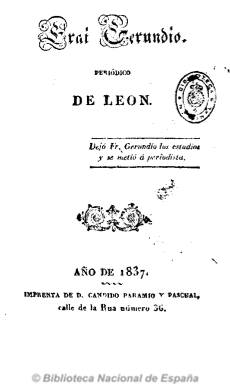
Título: Fr. Gerundio
Otros títulos: Título: Fray Gerundio, 3 jul. 1840-2 en. 1842 || Frai Gerundio || F. Gerundio
Colección: Periódicos anteriores a 1850 || Revistas satíricas y humorísticas
Ámbito geográfico: León
Lugar de publicación: León
Fechas: 01/04/1837-05/02/1844

Periódico también conocido como Frai Gerundio y Fray Gerundio, que es también el seudónimo que adoptará su único redactor, el historiador Modesto Lafuente (1806-1866), y que dará lugar en la historia de la prensa española a títulos de otros periódicos posteriores con el apócope “Fray”. Considerado como epígono a los de Mariano José de Larra, Lafuente comienza a sacar su periódico al poco tiempo de haber abandonado su carrera eclesiástica, en la ciudad de León el cuatro de abril de 1837, tomando el título de la novela homónima del padre Isla, que en aquel momento gozaba de gran popularidad; y en julio de 1838 trasladará su edición a Madrid, formando parte de la primera edad de oro del periodismo satírico-político, costumbrista y literario de la historia de la prensa española.

Nace este periódico satírico-burlesco con el establecimiento de una nueva ley de imprenta y coincidirá su existencia con las Regencias de María Cristina y Espartero, el establecimiento del Estado liberal y el final de la primera guerra carlista, adquiriendo un gran éxito y fama en su tiempo, alcanzando los 6.000 ejemplares de tirada. Según Gómez Aparicio, será una publicación de profundo sentido popular, que gusta de la ironía y deja tras de sí una estela entre sarcástica y amarga. Al igual que Larra, Lafuente, un espíritu ilustrado y liberal que declara seguir a Juvenal y Cervantes, escribirá su periódico para terminar con la superstición religiosa y el culto a la violencia y para denunciar la ignorancia, la mentira y la pobreza del pueblo.

Desde una posición ideológica liberal (algunos lo colocan como moderado y otros como progresista), pero sobre todo independiente, se permitirá duras críticas al poder instituido y atacará el sectarismo y la facción carlista. Todo ello a través de unos textos tanto en prosa (artículos, cartas y diálogos) como en verso. Célebres serán sus diálogos entre un dogmático Fray Gerundio, exclaustrado por las leyes desamortizadoras, y un ingenuo lego Pelegrín Tirabeque, y sus acólitos padre Platiquillas, el reverendo maestro Circunloquio y Fray Curro.

Sus primeros 52 números (denominados “capilladas”) aparecerán cada ocho días hasta el 29 de marzo de 1838, siendo su editor responsable e impresor el leonés Cándido Paramio y Pascual, siendo un periódico de pequeño formato, a una columna y de entre las 16 y las 24 páginas. Tras su marcha a Madrid, Lafuente lo hace reaparecer el uno de julio de ese mismo año, ahora con una frecuencia bisemanal, manteniendo la secuencia leonesa pero a la vez iniciando otra nueva paralela madrileña, siendo estampado en la imprenta de F. de P. Mellado, que aparece también como su editor responsable. Se subtitulará ahora “periódico satírico de política y costumbres” y comenzará a insertar ilustraciones, principalmente de A. Gómez y F. Miranda, contando con grabadores como Batanero y Castelló, y aumentando su tamaño desde el uno de octubre de 1839.

A consecuencia de la polémica y el incidente físico que incluso sufre con el general y diputado Juan Prim, Lafuente anuncia la desaparición de su periódico en su número 363, del 17 de agosto de 1841, reanudando su aparición desde el dos enero hasta el 26 de junio de 1842. En esta ocasión su periodicidad será semanal y aparecerán como editores responsables Francisco de S. Fuentes, L.G. de Soto y J.B. Moreno, siendo estampado en el Establecimiento Tipográfico de la calle del Sordo.

Fr. Gerundio tendrá una segunda época (denominada “era”) y editará hasta 48 números (denominados ahora “disciplinazos”), apareciendo cada cinco días, desde el cinco de junio de 1843 hasta el cinco de febrero de 1844, es decir, hasta el comienzo del periodo isabelino, siendo su editor responsable J.B. Moreno e impresos en el Establecimiento Tipográfico de la calle del Sordo, formando su colección dos tomos.

Lafuente también publicó separadamente un Boletín o Boletín informativo a Fr. Gerundio, entre el 19 de agosto de 1841 (coincidiendo con la suspensión temporal de su cabecera madre) hasta, por lo menos, su número 290, del 30 de junio de 1842, coincidiendo con el final de su primera época. Era esta una publicación de entre dos y cuatro páginas, con extractos de noticias oficiales del extranjero, nacionales y de Madrid, además de otros artículos de fondo, impresos a tres columnas, dos veces a la semana, en la imprenta de Mellado y en el Establecimiento Tipográfico de la calle del Sordo.

La primera época forma una colección de quince tomos y fue tanta la popularidad y fama que adquirió el Fr. Gerundio de Modesto Lafuente que fueron reeditados en dos ocasiones. Al final de cada trimestre solía incluir un índice.